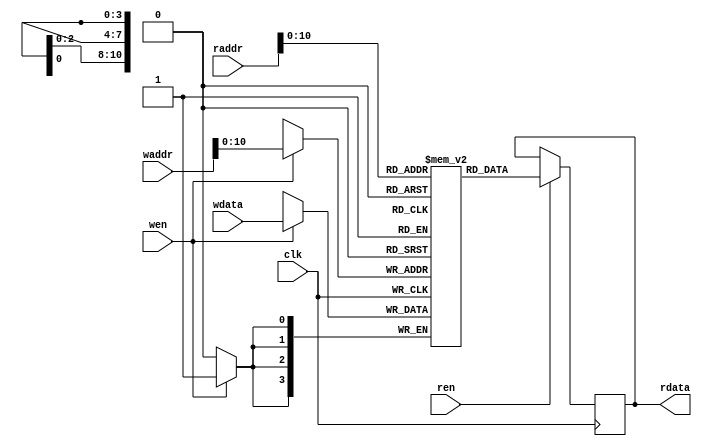

module vga_map_ram (
    input clk,	
	input wen, 
	input [11:0] waddr,
	input [3:0] wdata,	
    input ren,	
	input [11:0] raddr,		    	
    output reg [3:0] rdata
);
	//parameter MEM_INIT_FILE = "vid_ram.mem";
	(* ram_style = "block" *) reg [3:0] map_ram [0:1199];   // memory for 40 x 30 position mega character with value between 0-15 for character id
	
	//initial
	//if (MEM_INIT_FILE != "")
	//	$readmemh(MEM_INIT_FILE, map_ram);
		
    always @(posedge clk) 
	begin
		if (ren)
			rdata <= map_ram[raddr];
	end		
			
    always @(posedge clk) 
	begin			
		if (wen)
			map_ram[waddr] <= wdata;
    end
	
endmodule